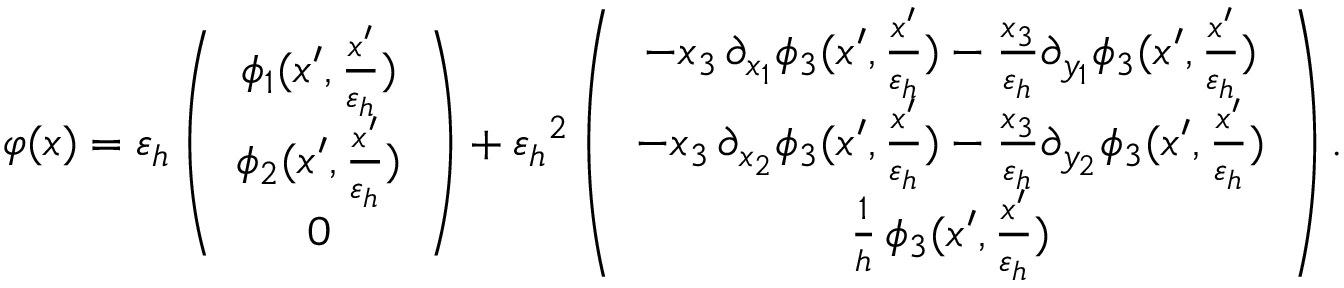
\varphi ( x ) = { \varepsilon _ { h } } \left( \begin{array} { c } { \phi _ { 1 } ( x ^ { \prime } , \frac { x ^ { \prime } } { { \varepsilon _ { h } } } ) } \\ { \phi _ { 2 } ( x ^ { \prime } , \frac { x ^ { \prime } } { { \varepsilon _ { h } } } ) } \\ { 0 } \end{array} \right) + { \varepsilon _ { h } } ^ { 2 } \left( \begin{array} { c } { - x _ { 3 } \, \partial _ { x _ { 1 } } \phi _ { 3 } ( x ^ { \prime } , \frac { x ^ { \prime } } { { \varepsilon _ { h } } } ) - \frac { x _ { 3 } } { { \varepsilon _ { h } } } \partial _ { y _ { 1 } } \phi _ { 3 } ( x ^ { \prime } , \frac { x ^ { \prime } } { { \varepsilon _ { h } } } ) } \\ { - x _ { 3 } \, \partial _ { x _ { 2 } } \phi _ { 3 } ( x ^ { \prime } , \frac { x ^ { \prime } } { { \varepsilon _ { h } } } ) - \frac { x _ { 3 } } { { \varepsilon _ { h } } } \partial _ { y _ { 2 } } \phi _ { 3 } ( x ^ { \prime } , \frac { x ^ { \prime } } { { \varepsilon _ { h } } } ) } \\ { \frac { 1 } { h } \, \phi _ { 3 } ( x ^ { \prime } , \frac { x ^ { \prime } } { { \varepsilon _ { h } } } ) } \end{array} \right) .